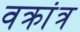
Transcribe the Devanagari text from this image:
वक्रांत्र